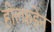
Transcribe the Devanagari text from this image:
हील्फ़डेन